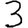
Digit: 3